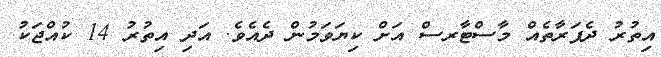
އިތުރު ދެފަރާތެއް މާސްޓާރސް އަށް ކިޔަވަމުން ދެއެވެ. އަދި އިތުރު 14 ކުއްޖަކު